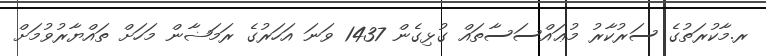
ރ.މާކުރަތުގެ ސަރުކާރު މުޢައްސަސާތައް ގުޅިގެން 1437 ވަނަ އަހަރުގެ ރަމަޟާން މަހަށް ތައްޔާރުވުމަށް